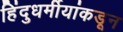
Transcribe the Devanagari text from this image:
हिंदुधर्मीयांकडून